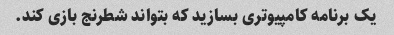
یک برنامه کامپیوتری بسازید که بتواند شطرنج بازی کند.